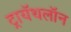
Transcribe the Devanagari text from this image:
ट्रायॅथलॉन